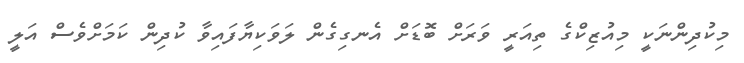
މިކުދިންނަކީ މިއުޒިކްގެ ތިއަރީ ވަރަށް ބޮޑަށް އެނގިގެން ލަވަކިޔާފައިވާ ކުދިން ކަމަށްވެސް އަލީ